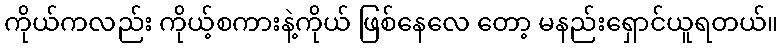
ကိုယ်ကလည်း ကိုယ့်စကားနဲ့ကိုယ် ဖြစ်နေလေ တော့ မနည်းရှောင်ယူရတယ်။